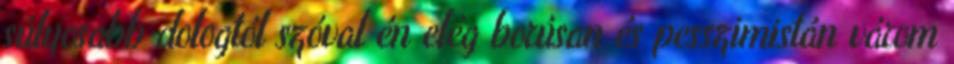
súlyosabb dologtól szóval én elég borúsan és pesszimistán várom